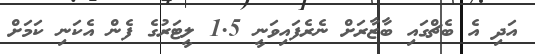
އަދި އެ ބެޗްގައި ބާޒާރަށް ނެރެފައިވަނީ 1.5 ލީޓަރުގެ ފެން އެކަނި ކަމަށް